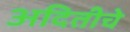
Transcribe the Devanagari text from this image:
अदितीचे